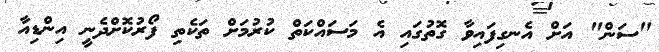
"ސަން" އަށް އެނގިފައިވާ ގޮތުގައި އެ މަސައްކަތް ކުރުމަށް ތަކެތި ފޯރުކޮށްދެނީ އިންޑިއާ